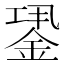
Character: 𨧎